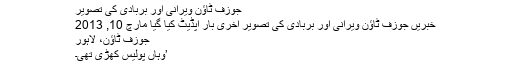
جوزف ٹاؤن ویرانی اور بربادی کی تصویر
خبریں جوزف ٹاؤن ویرانی اور بربادی کی تصویر آخری بار اپڈیٹ کیا گیا مارچ 10, 2013
جوزف ٹاؤن، لاہور
’وہاں پولیس کھڑی تھی۔